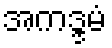
အကဒ္ဒမံ